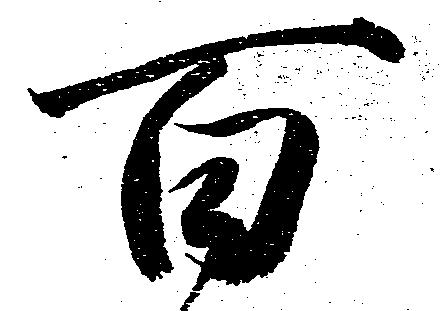
百